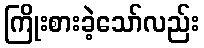
ကြိုးစားခဲ့သော်လည်း